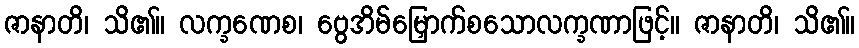
ဇာနာတိ၊ သိ၏။ လက္ခဏေစ၊ ဗွေအိမ်မြှောက်စသောလက္ခဏာဖြင့်။ ဇာနာတိ၊ သိ၏။